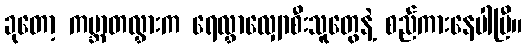
ခုတော့ ကမ္ဘာတလွှားက ရေလွှာလျှောစီးသူတွေနဲ့ စည်ကားနေပါပြီ။